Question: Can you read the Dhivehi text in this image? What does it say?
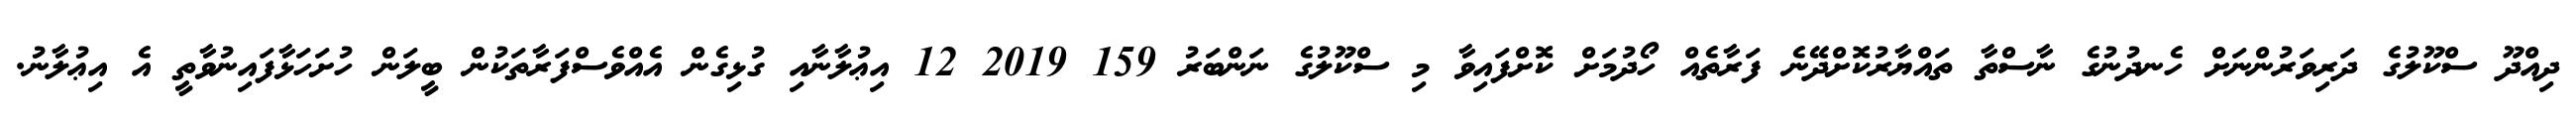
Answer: ދިއްދޫ ސްކޫލުގެ ދަރިވަރުންނަށް ހެނދުނުގެ ނާސްތާ ތައްޔާރުކޮށްދޭނެ ފަރާތެއް ހޯދުމަށް ކޮށްފައިވާ މި ސްކޫލުގެ ނަންބަރު 159 2019 12 އިޢުލާނާއި ގުޅިގެން އެއްވެސްފަރާތަކުން ބީލަން ހުށަހަޅާފައިނުވާތީ އެ އިޢުލާނު.